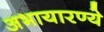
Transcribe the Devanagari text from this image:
अभायारण्ये